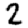
Digit: 2